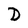
Character: D